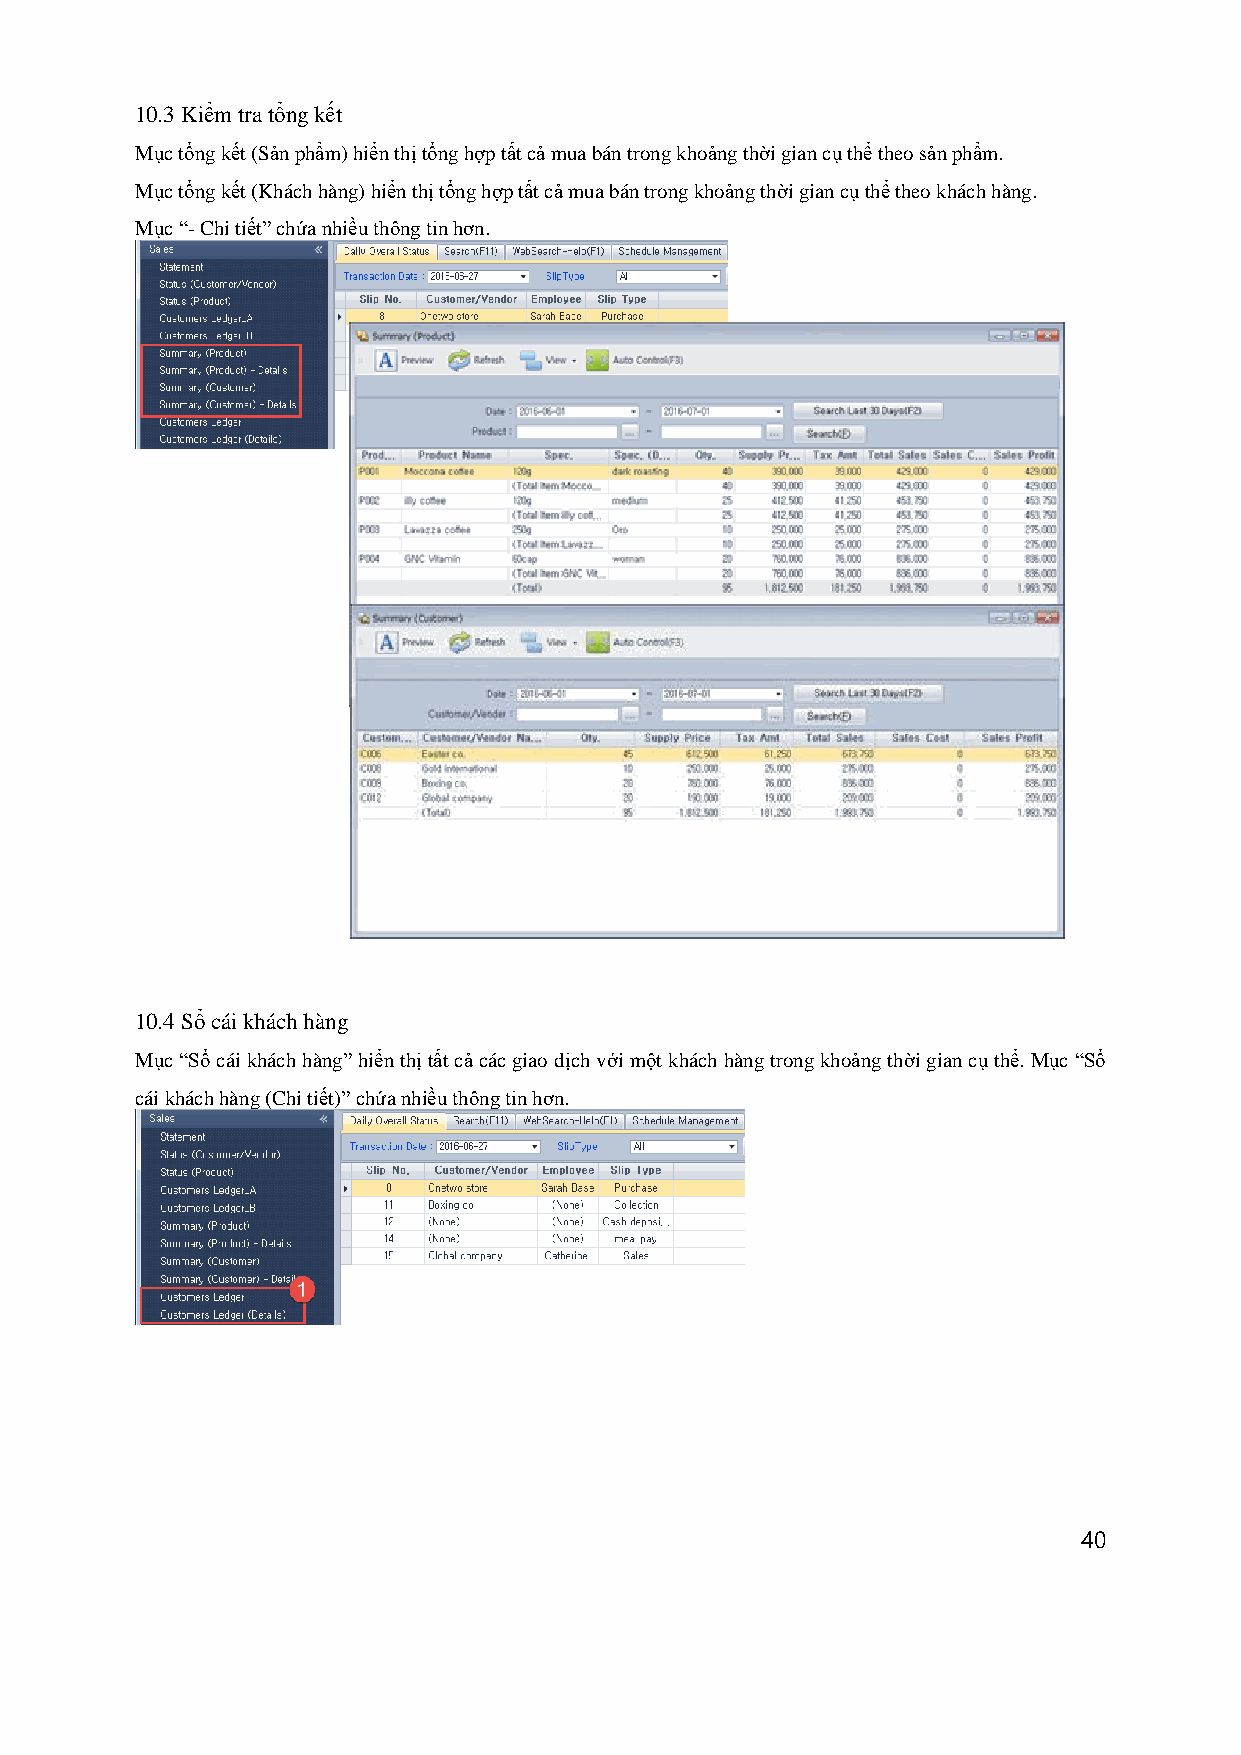
10.3 Kiểm tra tổng kết
 Mục tổng kết (Sản phẩm) hiển thị tổng hợp tất cả mua bán trong khoảng thời gian cụ thể theo sản phẩm.
 Mục tổng kết (Khách hàng) hiển thị tổng hợp tất cả mua bán trong khoảng thời gian cụ thể theo khách hàng.
 Mục “- Chi tiết” chứa nhiều thông tin hơn.
 10.4 Sổ cái khách hàng
 Mục “Sổ cái khách hàng” hiển thị tất cả các giao dịch với một khách hàng trong khoảng thời gian cụ thể. Mục “Sổ
 cái khách hàng (Chi tiết)” chứa nhiều thông tin hơn.
 40